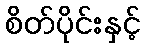
စိတ်ပိုင်းနှင့်